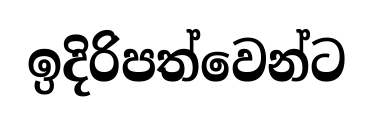
ඉදිරිපත්වෙන්ට